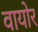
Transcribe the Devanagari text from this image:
वायोर